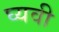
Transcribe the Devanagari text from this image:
घ्यवी